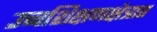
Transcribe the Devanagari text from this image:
उच्चशिक्षणक्षेत्रात